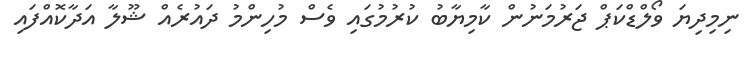
ނިމިދިޔަ ވޯލްޑްކަޕް ޖަރުމަނުން ކާމިޔާބު ކުރުމުގައި ވެސް މުހިންމު ދައުރެއް ޝޫލާ އަދާކޮއްފައި